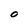
Character: O